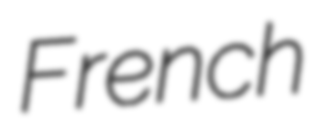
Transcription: French